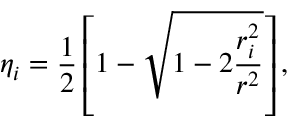
\eta _ { i } = \frac { 1 } { 2 } \left[ 1 - \sqrt { 1 - 2 \frac { r _ { i } ^ { 2 } } { r ^ { 2 } } } \right] ,